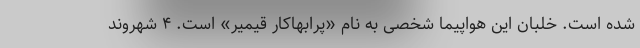
شده است. خلبان این هواپیما شخصی به نام «پرابهاکار قیمیر» است. ۴ شهروند